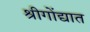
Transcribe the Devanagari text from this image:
श्रीगोंद्यात